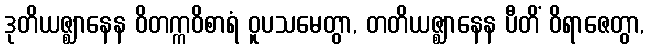
ဒုတိယဇ္ဈာနေန ဝိတက္ကဝိစာရံ ဝူပသမေတွာ, တတိယဇ္ဈာနေန ပီတိံ ဝိရာဇေတွာ,